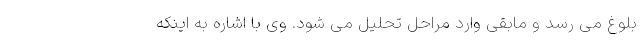
بلوغ می رسد و مابقی وارد مراحل تحلیل می شود. وی با اشاره به اینکه